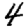
Digit: 4